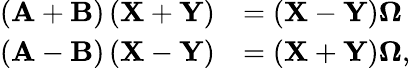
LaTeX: \begin{array}{rl}{\left(\mathbf{A}+\mathbf{B}\right)\left(\mathbf{X}+\mathbf{Y}\right)}&{=\left(\mathbf{X}-\mathbf{Y}\right)\mathbf{\Omega}}\\ {\left(\mathbf{A}-\mathbf{B}\right)\left(\mathbf{X}-\mathbf{Y}\right)}&{=\left(\mathbf{X}+\mathbf{Y}\right)\mathbf{\Omega},}\end{array}